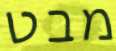
מבט